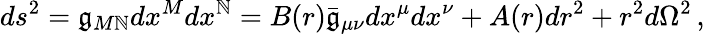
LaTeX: ds^{2}=\mathfrak{g}_{M\mathbb{N}}dx^{M}dx^{\mathbb{N}}=B(r)\bar{{\mathfrak{g}}}_{\mu\nu}dx^{\mu}dx^{\nu}+A(r)dr^{2}+r^{2}d\Omega^{2}\, ,